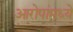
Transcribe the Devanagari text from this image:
आरोपांमध्ये